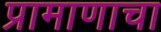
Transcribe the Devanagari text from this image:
प्रामाणाचा